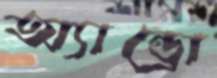
অ্যান্ড্রো